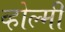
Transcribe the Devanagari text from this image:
व्होल्मी